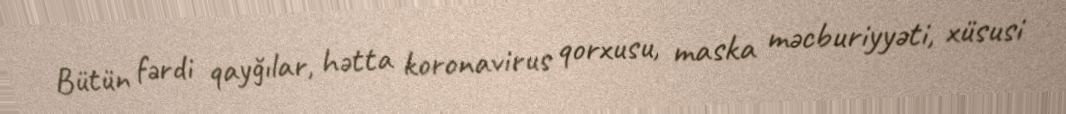
Bütün fərdi qayğılar, hətta koronavirus qorxusu, maska məcburiyyəti, xüsusi